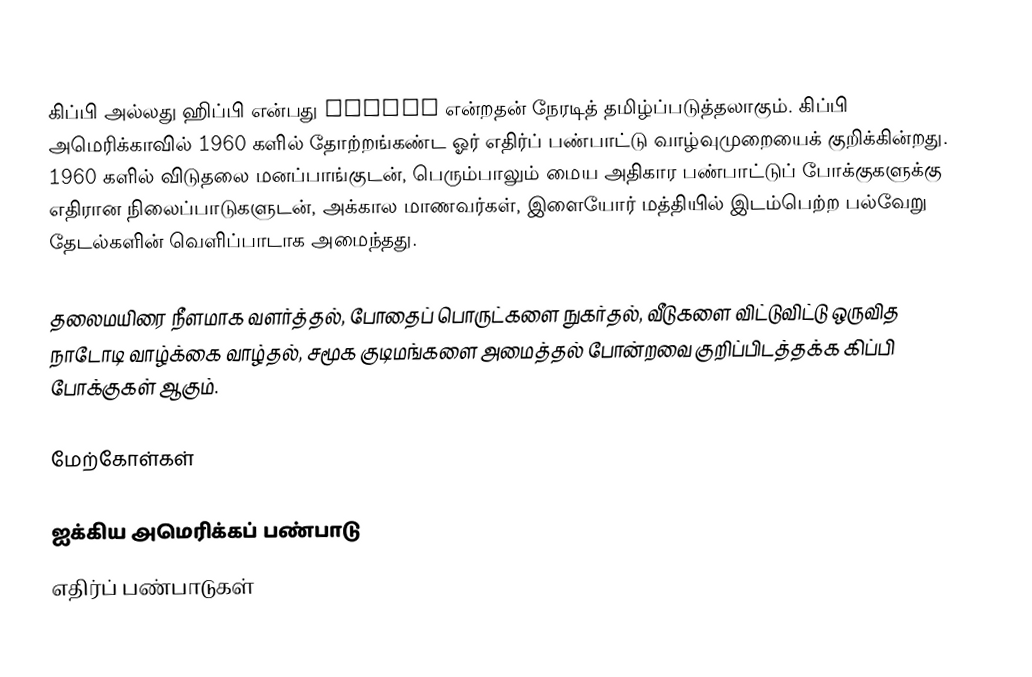
கிப்பி அல்லது ஹிப்பி என்பது Hippie என்றதன் நேரடித் தமிழ்ப்படுத்தலாகும். கிப்பி அமெரிக்காவில் 1960 களில் தோற்றங்கண்ட ஓர் எதிர்ப் பண்பாட்டு வாழ்வுமுறையைக் குறிக்கின்றது. 1960 களில் விடுதலை மனப்பாங்குடன், பெரும்பாலும் மைய அதிகார பண்பாட்டுப் போக்குகளுக்கு எதிரான நிலைப்பாடுகளுடன், அக்கால மாணவர்கள், இளையோர் மத்தியில் இடம்பெற்ற பல்வேறு தேடல்களின் வெளிப்பாடாக அமைந்தது.

தலைமயிரை நீளமாக வளர்த்தல், போதைப் பொருட்களை நுகர்தல், வீடுகளை விட்டுவிட்டு ஒருவித நாடோடி வாழ்க்கை வாழ்தல், சமூக குடிமங்களை அமைத்தல் போன்றவை குறிப்பிடத்தக்க கிப்பி போக்குகள் ஆகும்.

மேற்கோள்கள்

ஐக்கிய அமெரிக்கப் பண்பாடு
எதிர்ப் பண்பாடுகள்